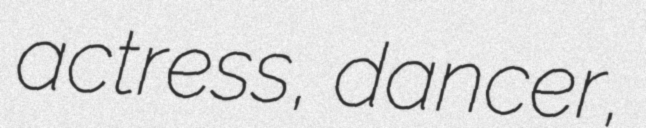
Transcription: actress, dancer,